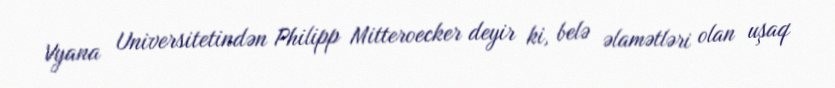
Vyana Universitetindən Philipp Mitteroecker deyir ki, belə əlamətləri olan uşaq